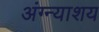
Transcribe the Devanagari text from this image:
अंग्न्याशय